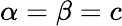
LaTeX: \alpha=\beta=c